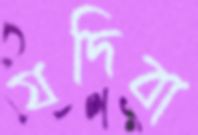
যদিবা